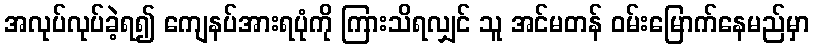
အလုပ်လုပ်ခဲ့ရ၍ ကျေနပ်အားရပုံကို ကြားသိရလျှင် သူ အင်မတန် ဝမ်းမြောက်နေမည်မှာ